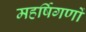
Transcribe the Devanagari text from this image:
महर्षिगणों